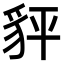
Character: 𧲺